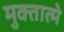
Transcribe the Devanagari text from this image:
मुक्तात्मे